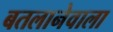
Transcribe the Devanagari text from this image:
बतलानेवाला